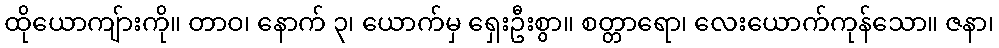
ထိုယောကျ်ားကို။ တာဝ၊ နောက် ၃၊ ယောက်မှ ရှေးဦးစွာ။ စတ္တာရော၊ လေးယောက်ကုန်သော။ ဇနာ၊